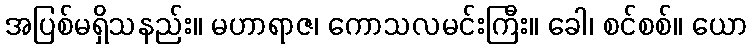
အပြစ်မရှိသနည်း။ မဟာရာဇ၊ ကောသလမင်းကြီး။ ခေါ၊ စင်စစ်။ ယော